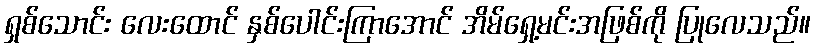
ရှစ်သောင်း လေးထောင် နှစ်ပေါင်းကြာအောင် အိမ်ရှေ့မင်းအဖြစ်ကို ပြုလေသည်။